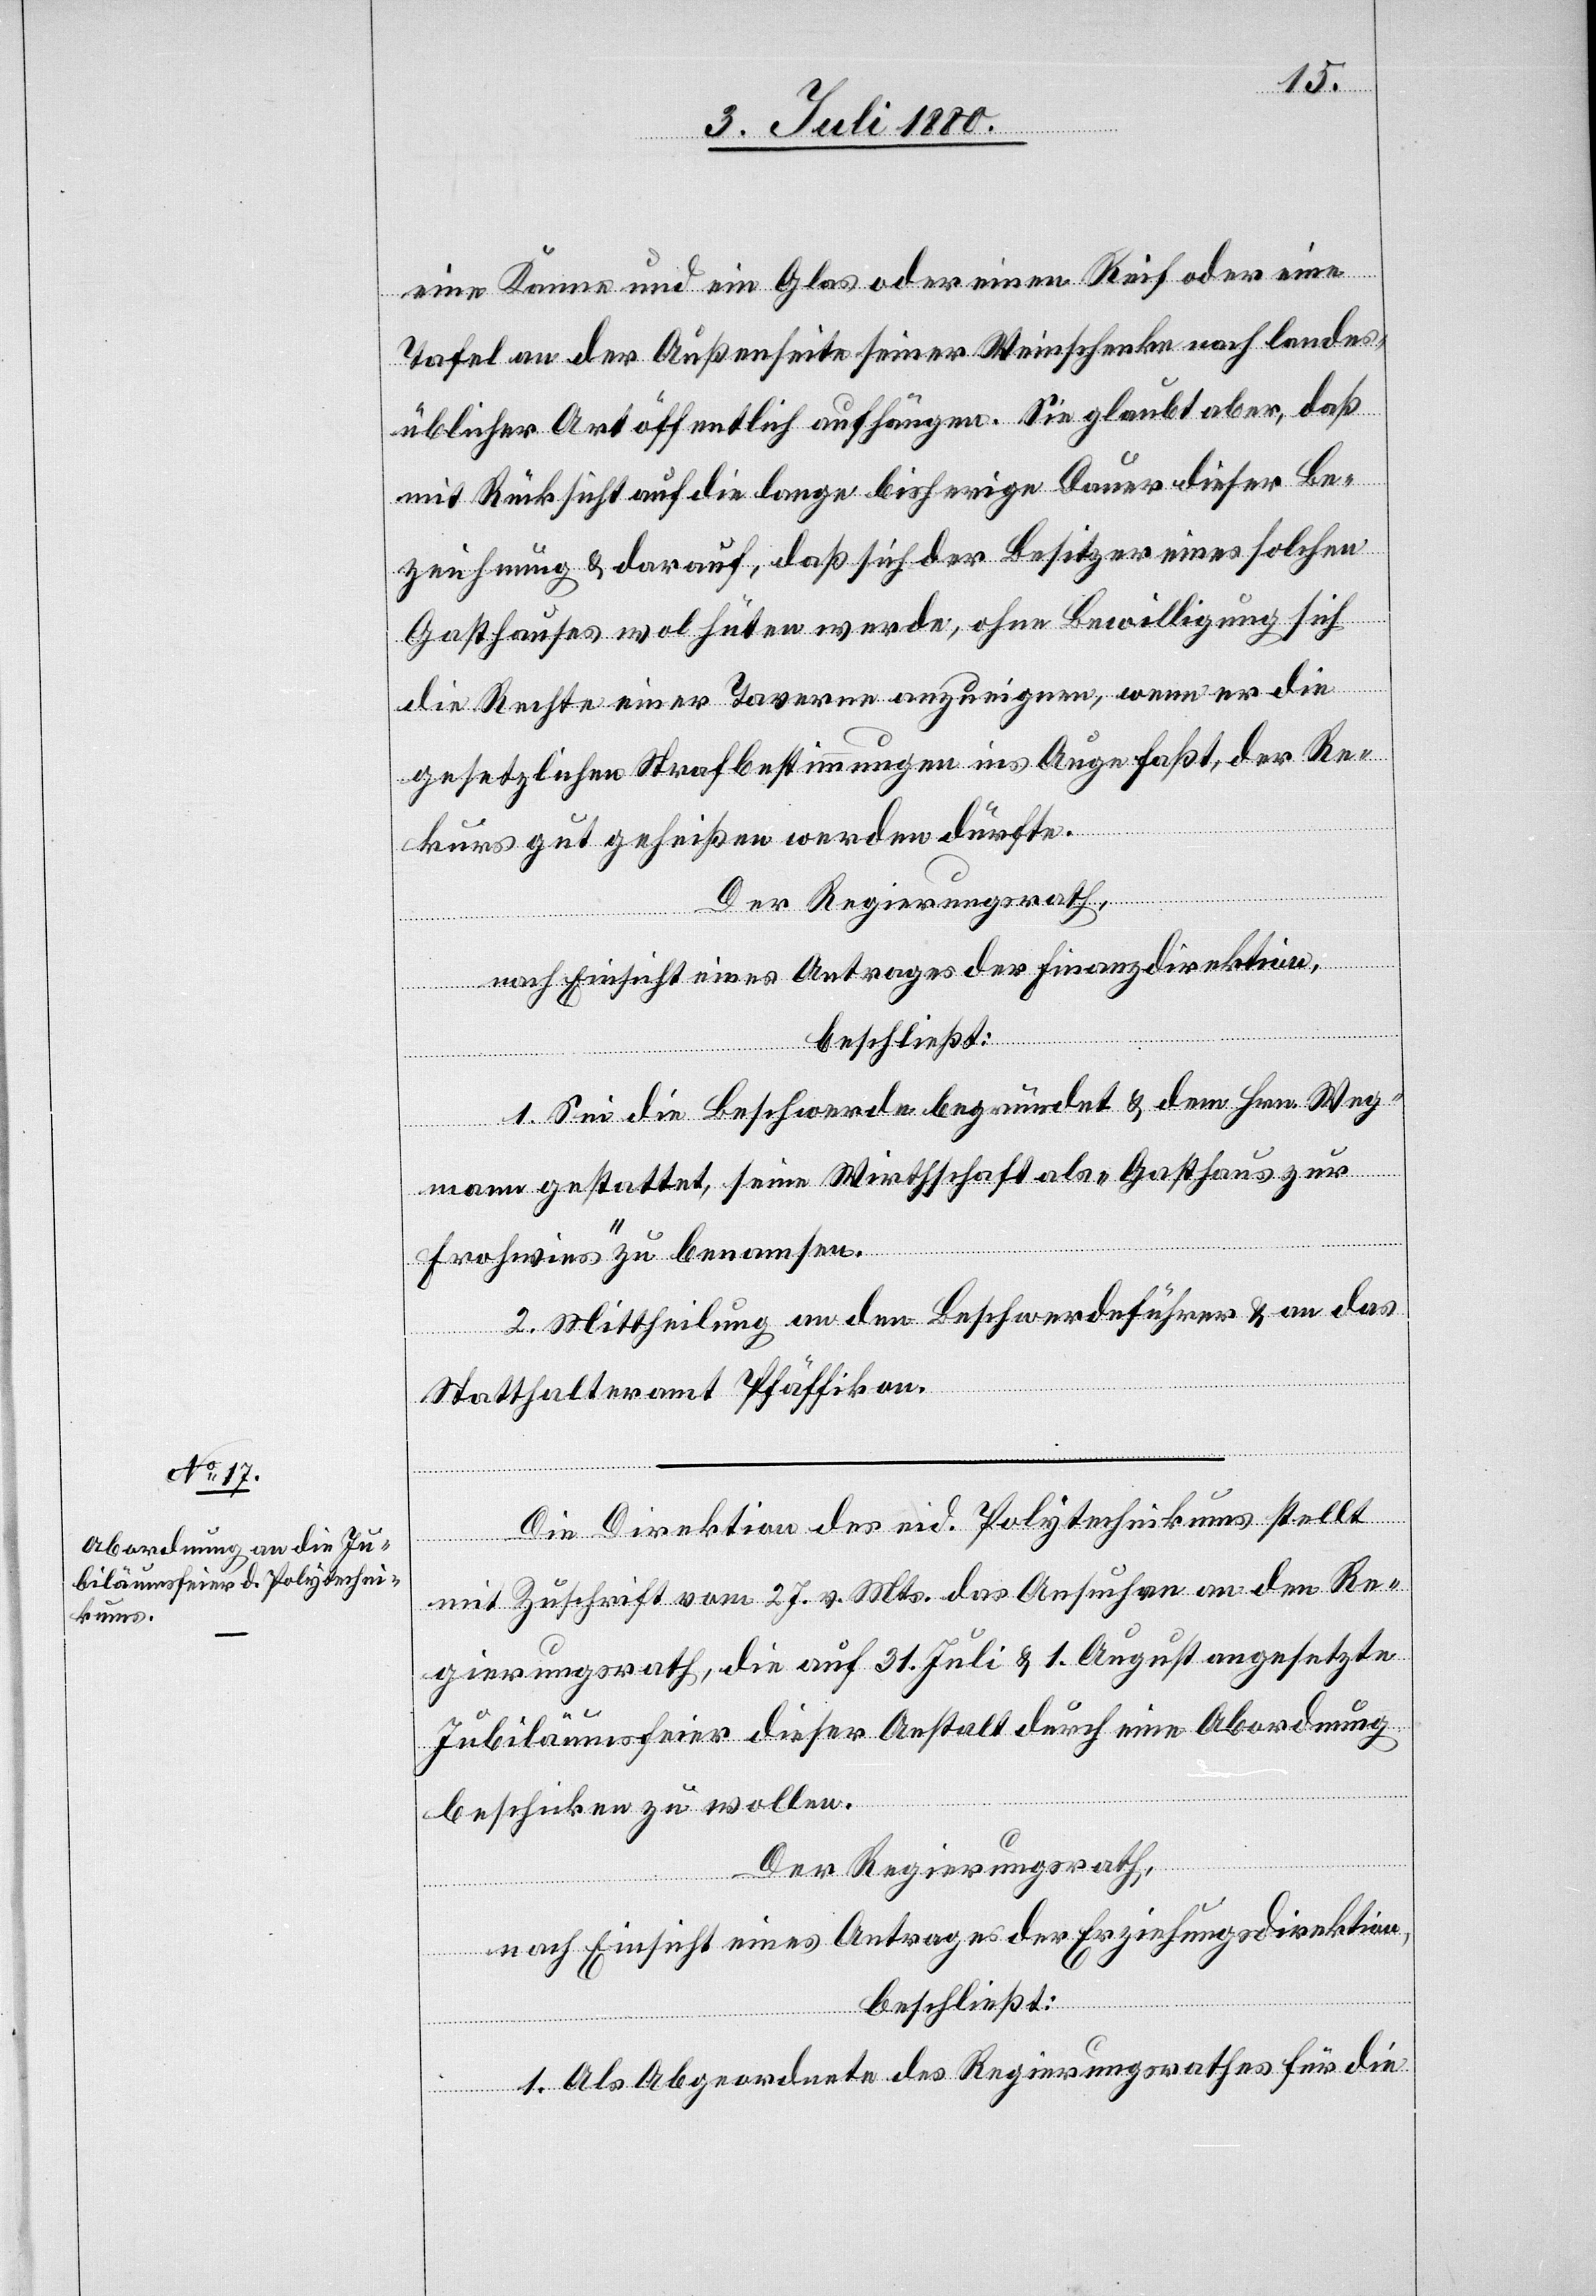
eine Kanne und ein Glas oder einen Reif oder eine
Tafel an der Außenseite seiner Weinschenke nach landes¬
üblicher Art öffentlich aufhängen. Sie glaubt aber, daß
mit Rücksicht auf die lange bisherige Dauer dieser Be¬
zeichnung & darauf, daß sich der Besitzer eines solchen
Gasthauses wol hüten werde, ohne Bewilligung sich
die Rechte einer Taverne anzueignen, wenn er die
gesetzlichen Strafbestimmungen ins Auge faßt, der Re¬
kurs gut geheißen werden dürfte.
Der Regierungsrath,
nach Einsicht eines Antrages der Finanzdirektion,
beschließt:
1. Sei die Beschwerde begründet & dem Hrn. Weg¬
mann gestattet, seine Wirthschaft als „Gasthaus zur
Frohwies“ zu benamsen.
2. Mittheilung an den Beschwerdeführer & an das
Statthalteramt Pfäffikon.
Die Direktion des eid. Polytechnikums stellt
mit Zuschrift vom 27. v. Mts. das Ansuchen an den Re¬
gierungsrath, die auf 31. Juli & 1. August angesetzte
Jubiläumsfeier dieser Anstalt durch eine Abordnung
beschicken zu wollen.
Der Regierungsrath,
nach Einsicht eines Antrages der Erziehungsdirektion,
beschließt:
1. Als Abgeordnete des Regierungsrathes für die